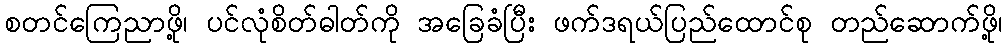
စတင်ကြေညာဖို့၊ ပင်လုံစိတ်ဓါတ်ကို အခြေခံပြီး ဖက်ဒရယ်ပြည်ထောင်စု တည်ဆောက်ဖို့၊